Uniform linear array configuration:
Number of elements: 64
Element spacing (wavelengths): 0.75
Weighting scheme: uniform
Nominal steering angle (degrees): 15
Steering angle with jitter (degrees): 16.393
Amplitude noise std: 0.05
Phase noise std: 0.05

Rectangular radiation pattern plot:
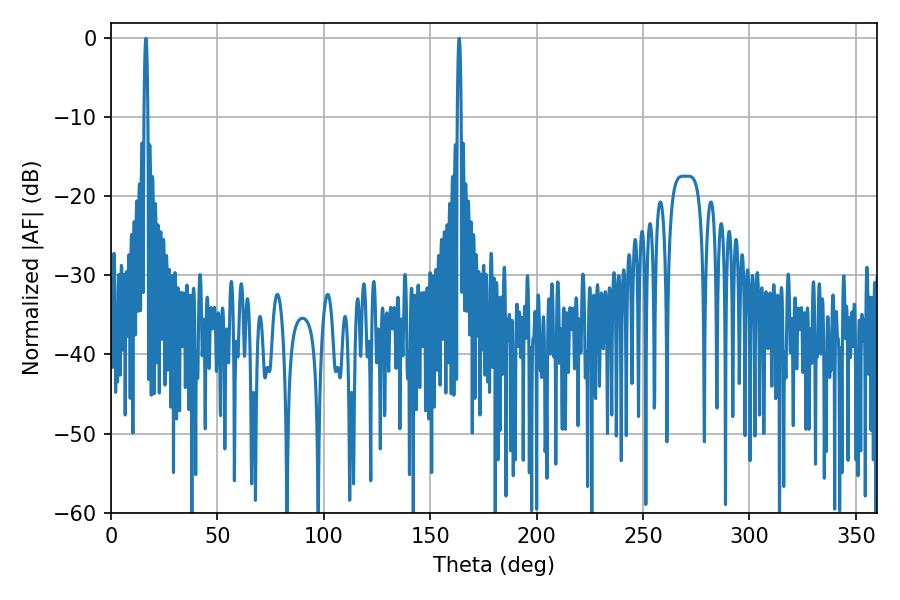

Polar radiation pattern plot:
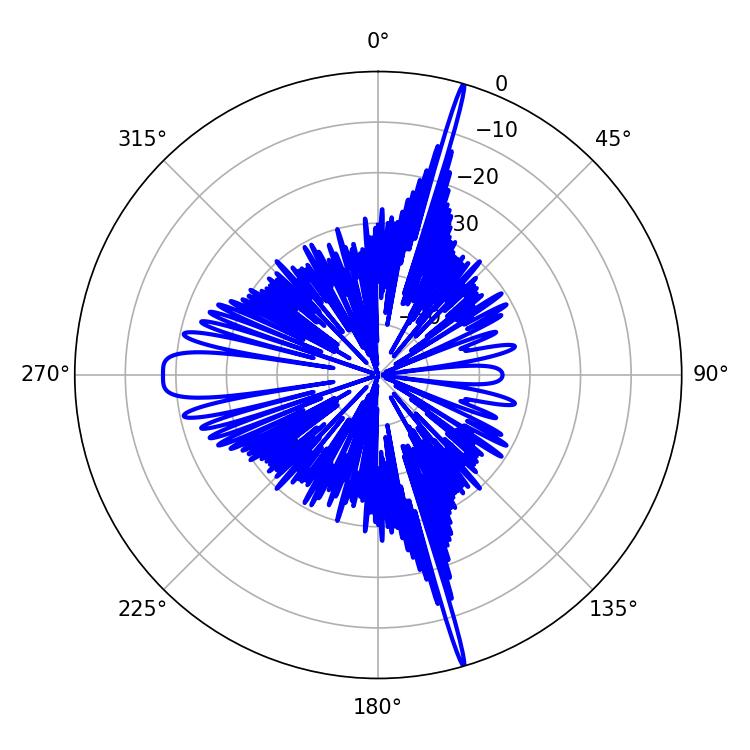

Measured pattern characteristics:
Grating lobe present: TRUE
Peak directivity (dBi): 24.598
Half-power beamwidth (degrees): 0.9
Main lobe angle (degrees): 16.38